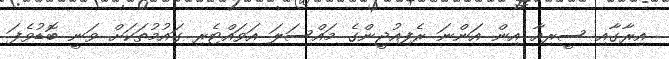
އިރާގާއި ސީރިއާ އިން އަންނަ ރެފިއުޖީންގެ މައްސަލަ އަވައްޓެރި ގައުމުތަކަށް ވަނީ ބޮޑުވެފަ